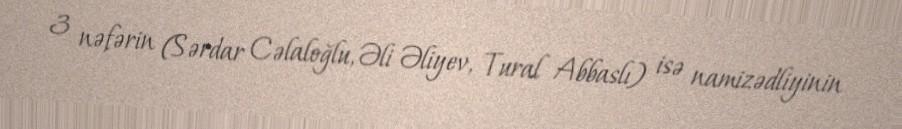
3 nəfərin (Sərdar Cəlaloğlu, Əli Əliyev, Tural Abbaslı) isə namizədliyinin